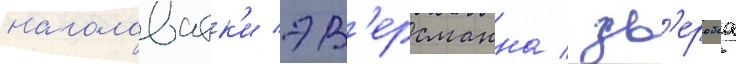
наголоватк'и эв'ерсманна / зв'еробоа